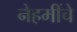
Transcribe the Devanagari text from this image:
नेहमींचे